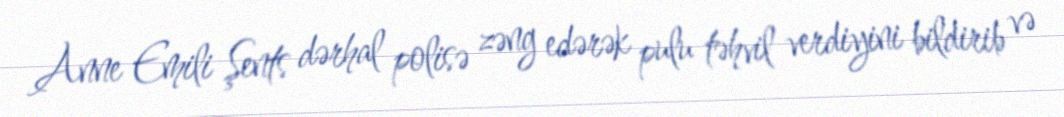
Anne Emili Şents dərhal polisə zəng edərək pulu təhvil verdiyini bildirib və